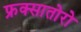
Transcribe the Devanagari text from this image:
फ्रक्सातोरो